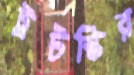
ট্রটস্কির